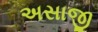
અસાજી